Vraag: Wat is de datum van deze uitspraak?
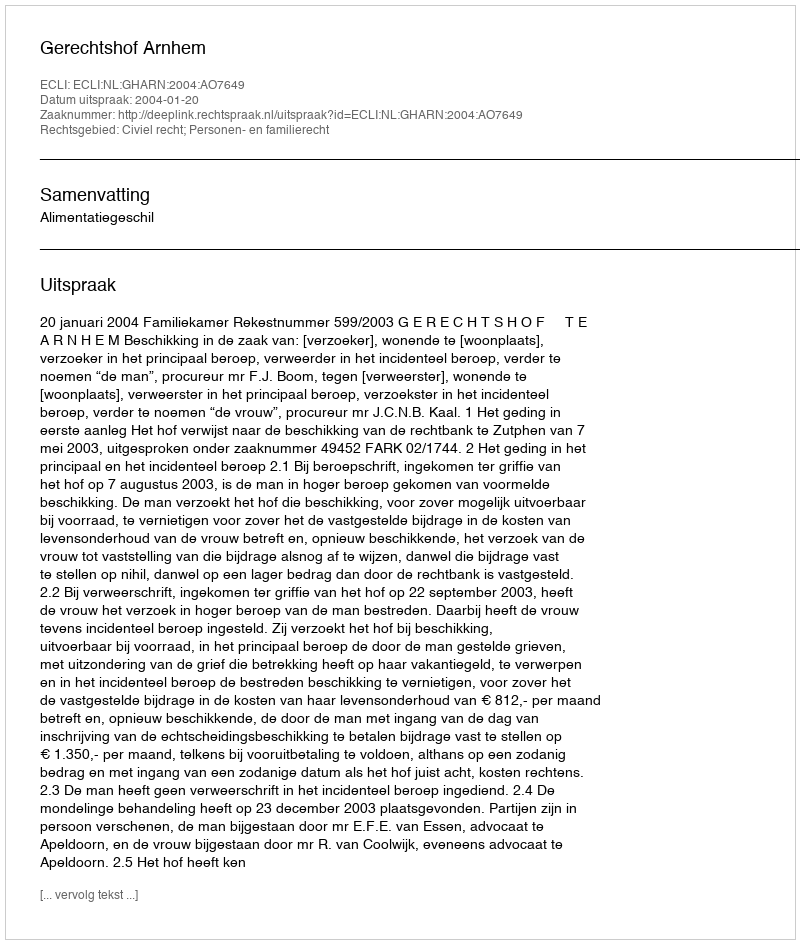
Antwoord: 2004-01-20